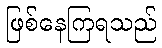
ဖြစ်နေကြရသည်